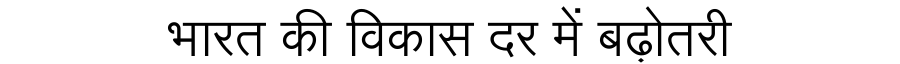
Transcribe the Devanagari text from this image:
भारत की विकास दर में बढ़ोतरी